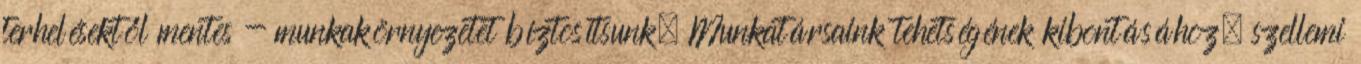
terhelésektől mentes - munkakörnyezetet bíztosítsunk. Munkatársaink tehetségének kibontásához, szellemi